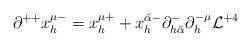
LaTeX: \begin{align*}\partial^{++} x^{\mu -}_h = x^{\mu +}_h + x_h^{{\breve\alpha} -} \partial^-_{h {\breve\alpha}} \partial^{-\mu}_h {\cal L}^{+4}\end{align*}